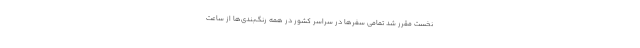
نخست مقرر شد تمامی سفرها در سراسر کشور در همه رنگ‌بندی‌ها از ساعت